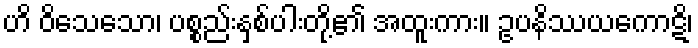
ဟိ ဝိသေသော၊ ပစ္စည်းနှစ်ပါးတို့၏ အထူးကား။ ဥပနိဿယကောဋိ၊